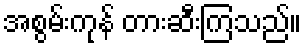
အစွမ်းကုန် တားဆီးကြသည်။